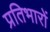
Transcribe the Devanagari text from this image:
प्रतिभारों